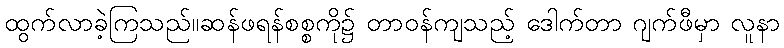
ထွက်လာခဲ့ကြသည်။ဆန်ဖရန်စစ္စကို၌ တာဝန်ကျသည့် ဒေါက်တာ ဂျက်ဖီမှာ လူနာ